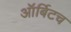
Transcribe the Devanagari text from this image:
ऑर्बिटच